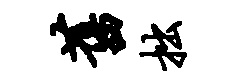
旧拙